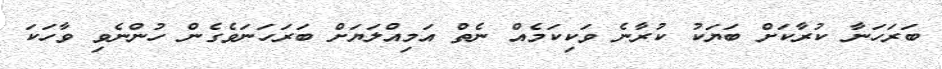
ބަރަހަނާ ކުރާކަށް ބަޔަކު ކުރާނެ ވަކިކަމެއް ނެތް އަމިއްލަޔަށް ބަރަހަނަވެގެން ހުންނެވި ވާހަކަ